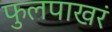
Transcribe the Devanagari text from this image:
फुलपाखरं